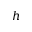
h